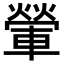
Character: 𨍶